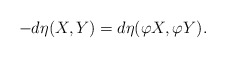
\begin{align*}-d\eta(X,Y)=d\eta(\varphi X, \varphi Y).\end{align*}